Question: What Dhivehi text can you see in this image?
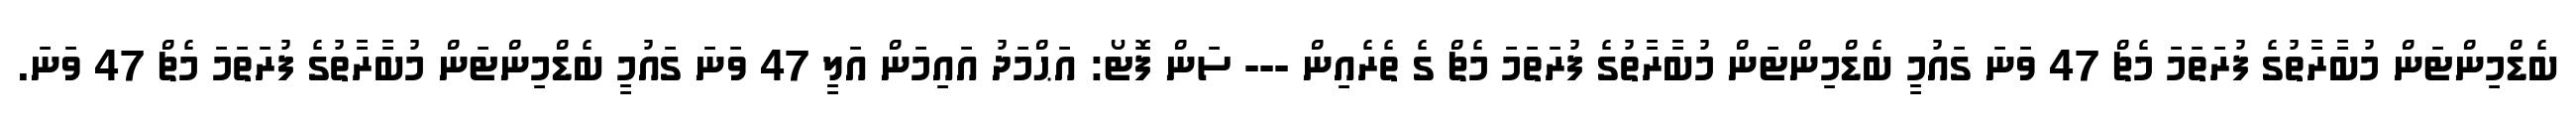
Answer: ބެޑްމިންޓަން މުބާރާތުގެ ފުރަތަމަ މެޗް 47 ވަނަ ގައުމީ ބެޑްމިންޓަން މުބާރާތުގެ ފުރަތަމަ މެޗް ގެ ތެރެއިން --- ސަން ފޮޓޯ: އަޙްމަދު އައިމަން އަލީ 47 ވަނަ ގައުމީ ބެޑްމިންޓަން މުބާރާތުގެ ފުރަތަމަ މެޗް 47 ވަނަ.